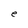
Character: e